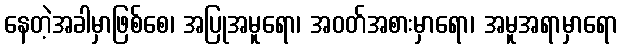
နေတဲ့အခါမှာဖြစ်စေ၊ အပြုအမူရော၊ အဝတ်အစားမှာရော၊ အမူအရာမှာရော